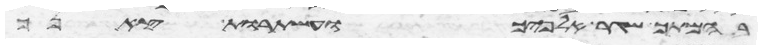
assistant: בהמתך שגר אלפיך ועשתרות